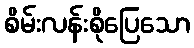
စိမ်းလန်းစိုပြေသော